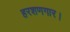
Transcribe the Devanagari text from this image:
हरशणगार।